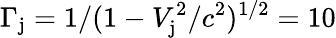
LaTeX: \Gamma_{\mathrm{j}}=1/(1-V_{\mathrm{j}}^{2}/c^{2})^{1/2}=10